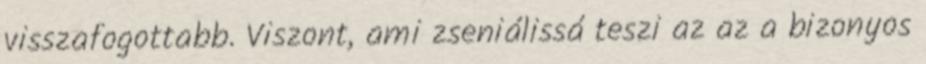
visszafogottabb. Viszont, ami zseniálissá teszi az az a bizonyos